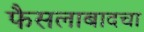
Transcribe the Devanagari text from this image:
फैसलाबादचा